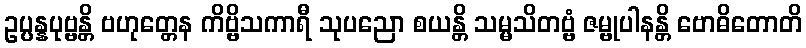
ဥပ္ပန္နပုဗ္ဗန္တိ ဗဟုတ္တေန ကိဗ္ဗိသကာရီ သုပညော စယန္တိ သမ္မသိတဗ္ဗံ ဇမ္ဗုပါနန္တိ ဗောဓိတောတိ